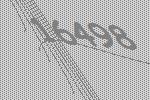
16498